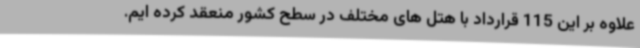
علاوه بر این 115 قرارداد با هتل های مختلف در سطح کشور منعقد کرده ایم.